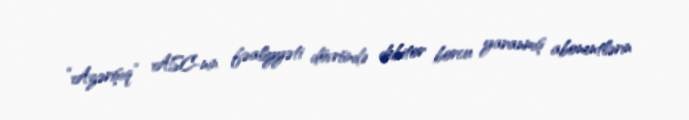
“Azərişıq” ASC-nin fəaliyyəti dövründə debitor borcu yaranmış abonentlərin